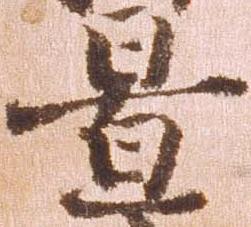
置